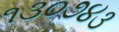
૧૩૦૭૪૩